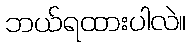
ဘယ်ရထားပါလဲ။